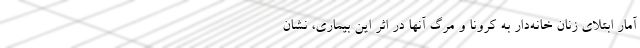
آمار ابتلای زنان خانه‌دار به کرونا و مرگ آنها در اثر این بیماری، نشان